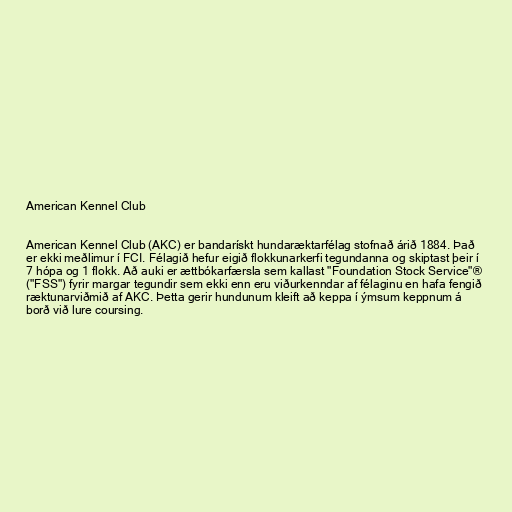
American Kennel Club

American Kennel Club (AKC) er bandarískt hundaræktarfélag stofnað árið 1884. Það
er ekki meðlimur í FCI. Félagið hefur eigið flokkunarkerfi tegundanna og skiptast þeir í
7 hópa og 1 flokk. Að auki er ættbókarfærsla sem kallast "Foundation Stock Service"®
("FSS") fyrir margar tegundir sem ekki enn eru viðurkenndar af félaginu en hafa fengið
ræktunarviðmið af AKC. Þetta gerir hundunum kleift að keppa í ýmsum keppnum á
borð við lure coursing.